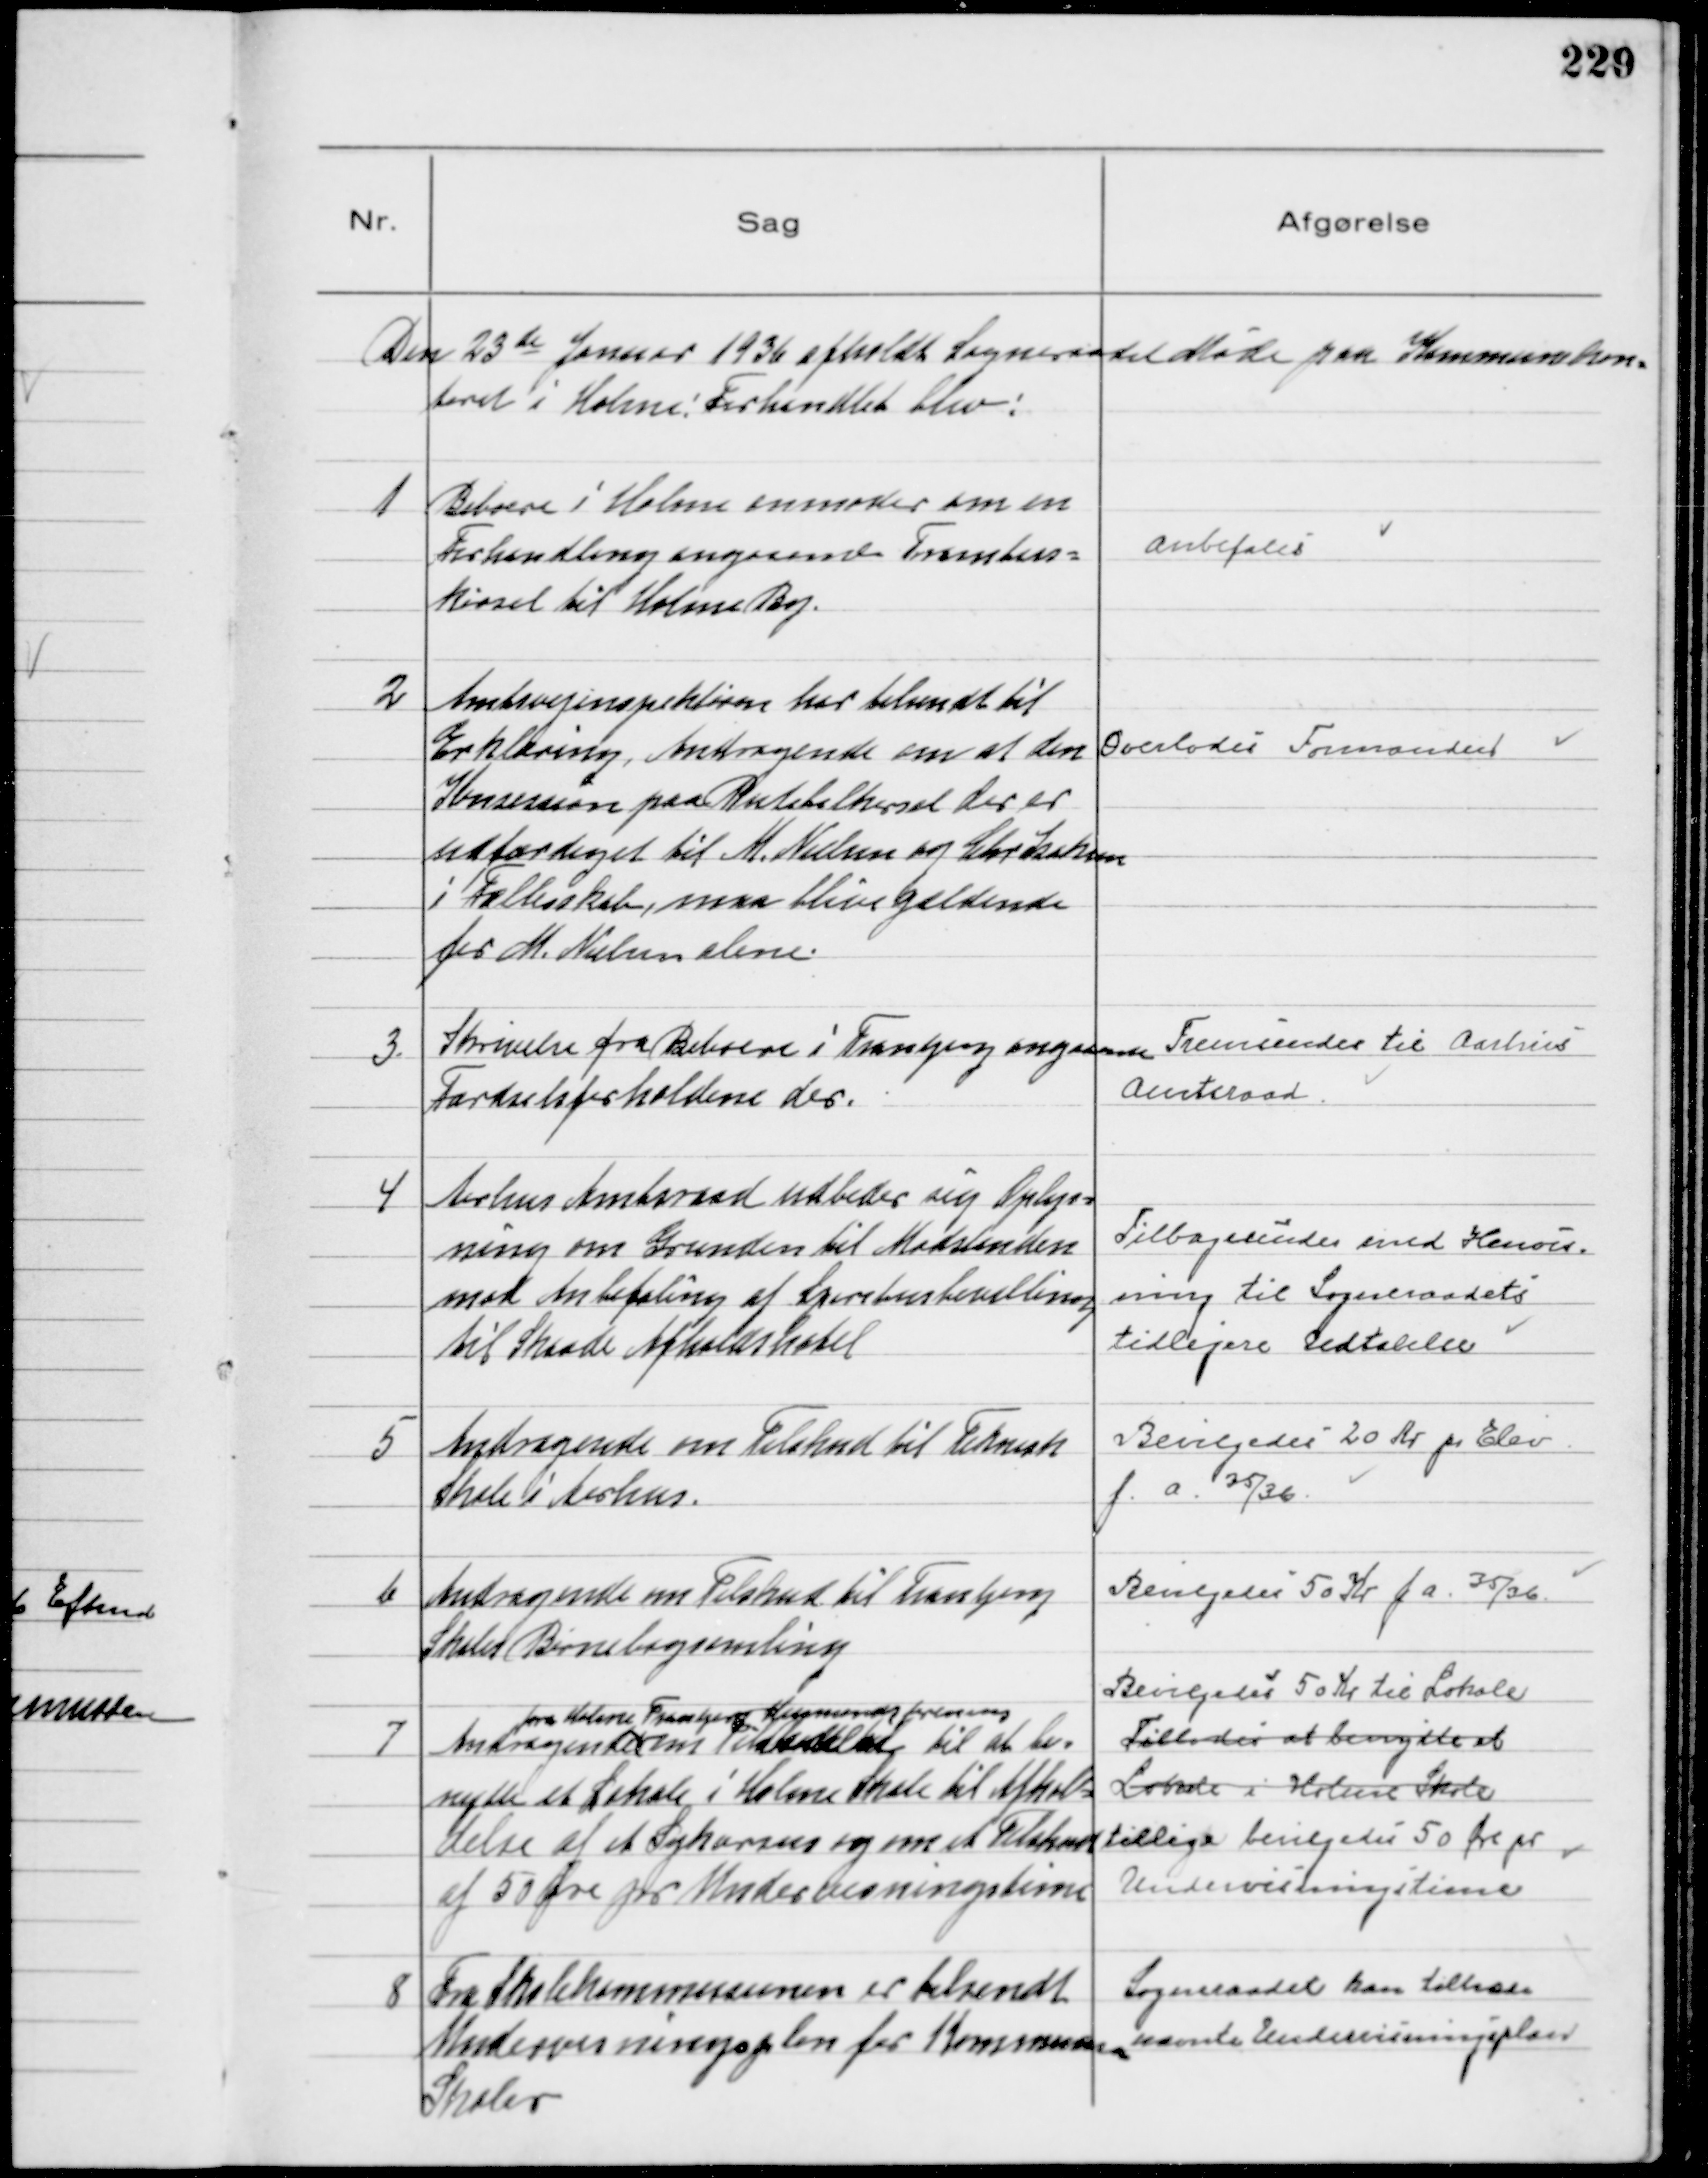
Transskription:
Den 23de Januar 1936 afholdt Sogneraadet Møde på Kommunekon-
toret i Holme: Forhandlet blev:

1
Beboere i Holme anmoder om en
Forhandling angaaende Trambus-
kørsel til Holme By.

Anbefales

2
Amtsvejinspektøren har tilsendt til
Erklæring, Andragende om at den
Konsession paa Rutebilkørsel der er
udfærdiget til M. Nielsen og Chr Isaksen
i Fællesskab, maa blive gældende
for M. Nielsen alene.

Overlodes Formanden

3.
Skrivelse fra Beboere i Tranbjerg angaaende
Færdselsforholdene der.

Fremsendes til Aarhus
Amtsraad.

4
Aarhus Amtsraad udbeder sig Oplys-
ning om Grunden til Modstanden
mod Anbefaling af Spiritusbevilling
til Skaade Afholdshotel

Tilbagesendes med Henvis-
ning til Sogneraadets
tidligere Udtalelse

5
Andragende om Tilskud til Teknisk
Skole i Aarhus.

Bevilgedes 20 Kr pr Elev
f. a. 35/36

6
Andragende om Tilskud til Tranbjerg
Skoles Børnebogsamling

Bevilgedes 50 Kr f a. 35/36

7
Andragende
fra Holme Tranbjerg Husmandsforening
om Tilladelse til at be-
nytte et Lokale i Holme Skole til Afhol-
delse af et Sykursus og om et Tilskud
af 50 Øre pr Undervisningstime

Bevilgedes 50 Kr til Lokale
Tillodes at benytte et
Lokale i Holme Skole
tillige bevilgedes 50 Øre pr
Undervisningstime

8
Fra Skolekommissionen er tilsendt
Undervisningsplan for Kommunens
Skoler

Sogneraadet kan tiltræde
nævnte Undervisningsplan